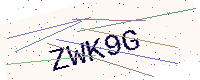
Text: ZWK9G